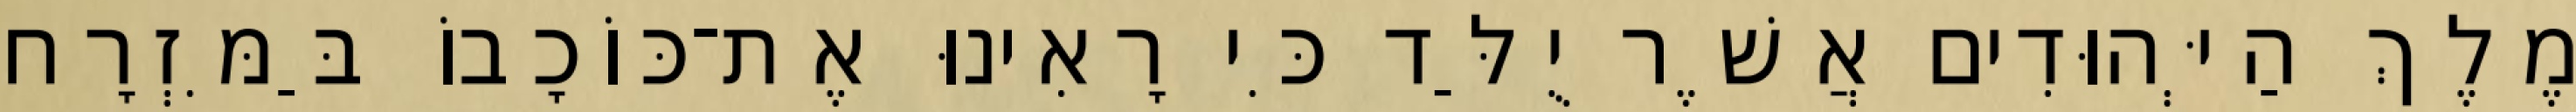
מֶלֶךְ הַיְּהוּדִים אֲשֶׁר יֻלַּד כִּי רָאִינוּ אֶת־כּוֹכָבוֹ בַּמִּזְרָח